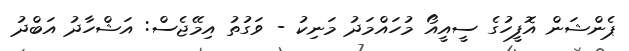
ޕެންޝަން އޮފީހުގެ ސީއީއޯ މުހައްމަދު މަނިކު - ވަގުތު އިމޭޖެސް: އަޝްހާދު އަބްދު